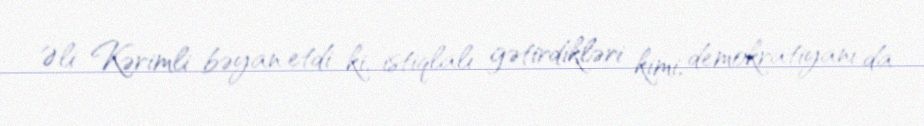
Əli Kərimli bəyan etdi ki, istiqlalı gətirdikləri kimi, demokratiyanı da